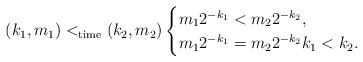
LaTeX: \begin{align*}(k_1,m_1) <_\mathrm{time} (k_2,m_2) \begin{cases}m_1 2^{-k_1} < m_2 2^{-k_2}, \\m_1 2^{-k_1} = m_2 2^{-k_2} k_1<k_2.\end{cases}\end{align*}